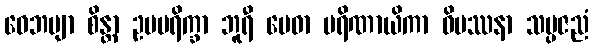
ဝေဘဗျာ စိန္တာ ဥပပရိက္ခာ ဘူရီ မေဓာ ပရိဏာယိကာ ဝိပဿနာ သမ္ပဇညံ